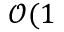
\mathcal { O } ( 1 \